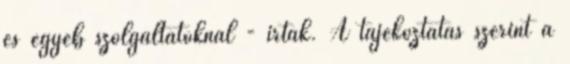
és egyéb szolgáltatóknál - írták. A tájékoztatás szerint a